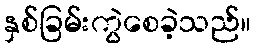
နှစ်ခြမ်းကွဲစေခဲ့သည်။